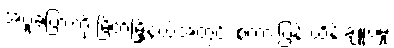
အပူခံပြားကို မြိတ်မြို့နယ်အတွင်း စကားပြန် ထိန်းချူပ်မှု